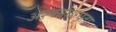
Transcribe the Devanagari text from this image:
अश्वगंधाघृता